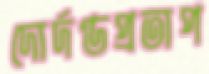
দোর্দণ্ডপ্রতাপ